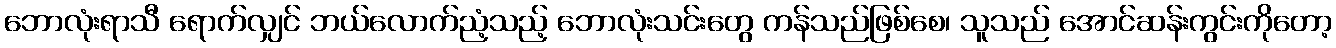
ဘောလုံးရာသီ ရောက်လျှင် ဘယ်လောက်ညံ့သည့် ဘောလုံးသင်းတွေ ကန်သည်ဖြစ်စေ၊ သူသည် အောင်ဆန်းကွင်းကိုတော့